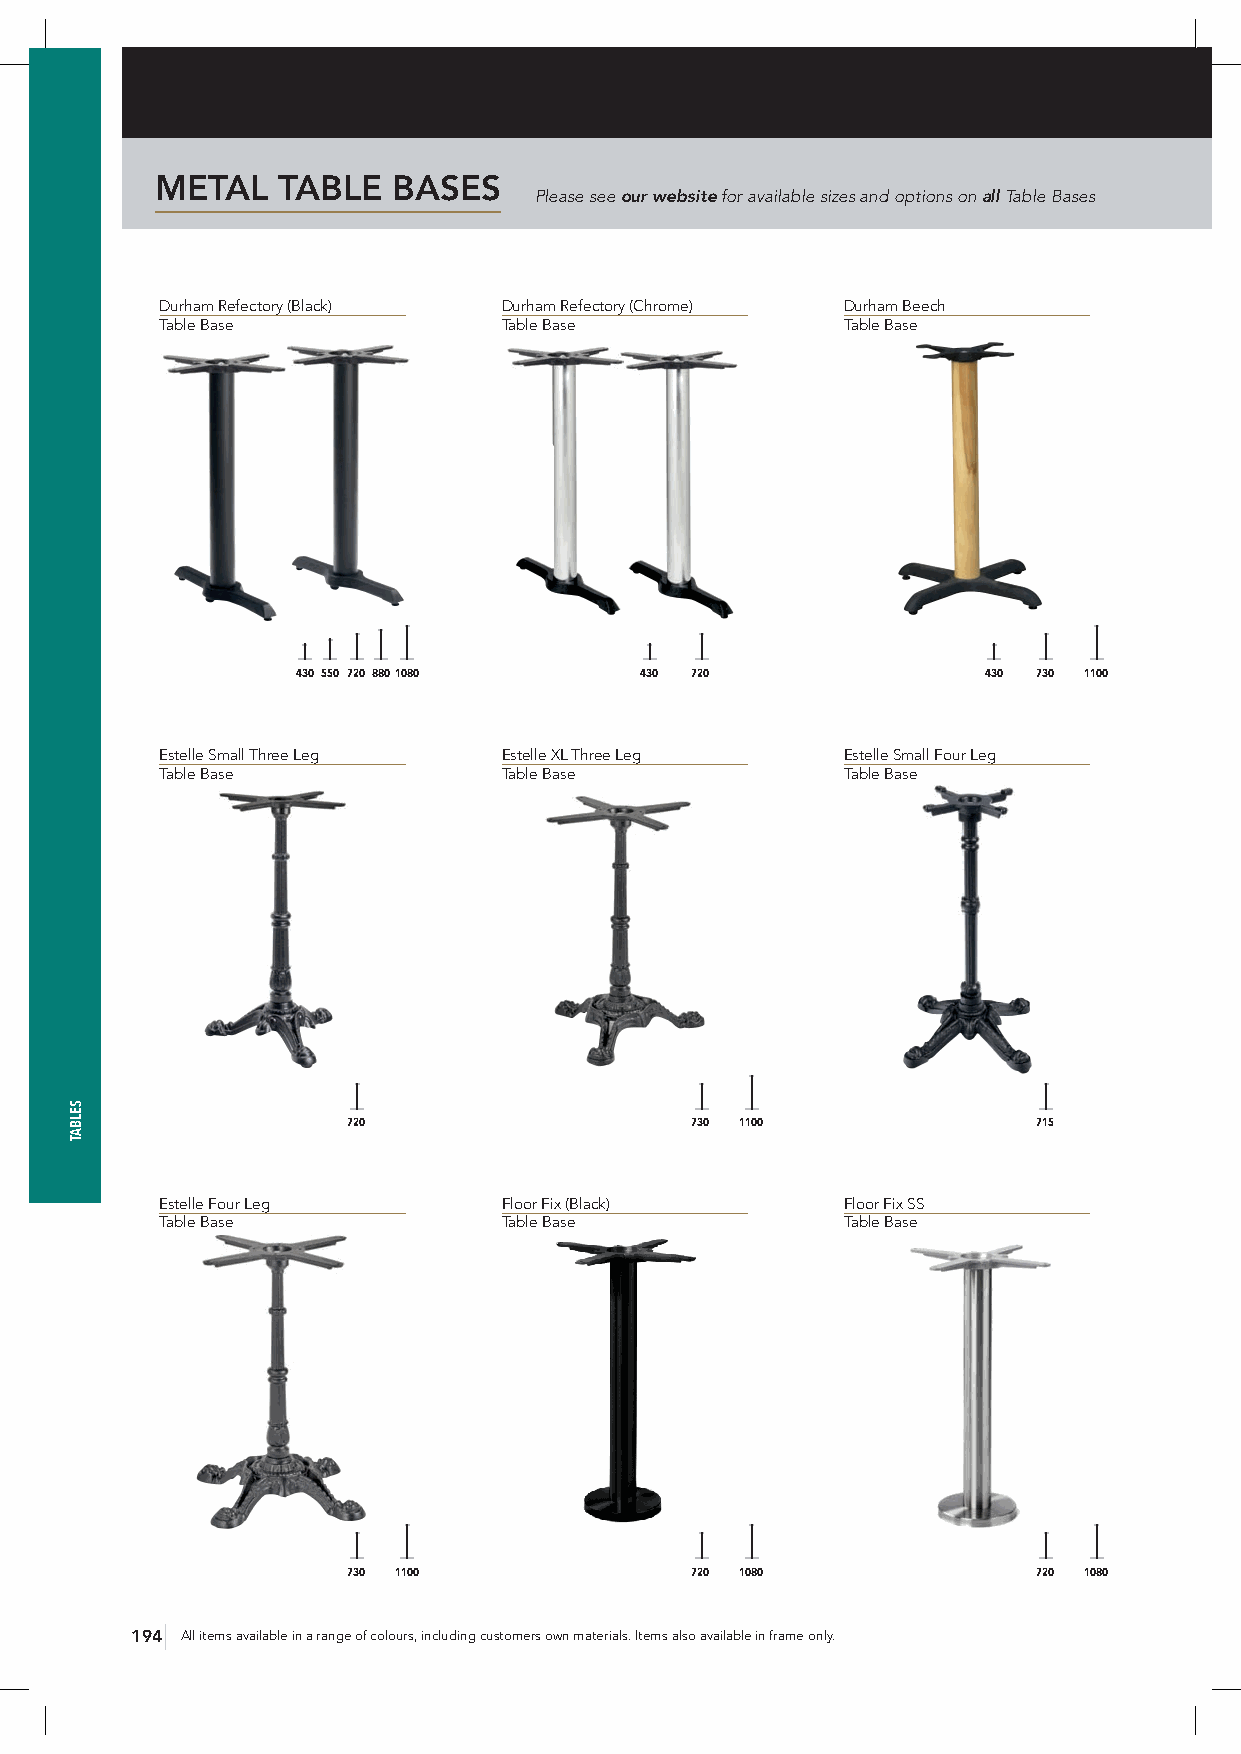
METAL   TABLE   BASES
 Please see our website for available sizes and options on all Table Bases
 Durham Refectory (Black) Durham Refectory (Chrome) Durham Beech
 Table Base            Table Base             Table Base
 430 550 720 8801080   430 720                430 730 1100
 Estelle Small Three Leg Estelle XL Three Leg Estelle Small Four Leg
 Table Base            Table Base             Table Base
 720                    730 1100               715
 Estelle Four Leg      Floor Fix (Black)      Floor Fix SS
 Table Base            Table Base             Table Base
 730 1100               720 1080               720 1080
 194 All items available in a range of colours, including customers own materials. Items also available in frame only.
 SELBAT